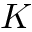
K